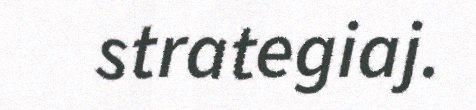
strategiaj.